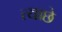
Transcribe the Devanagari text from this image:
त्याछे